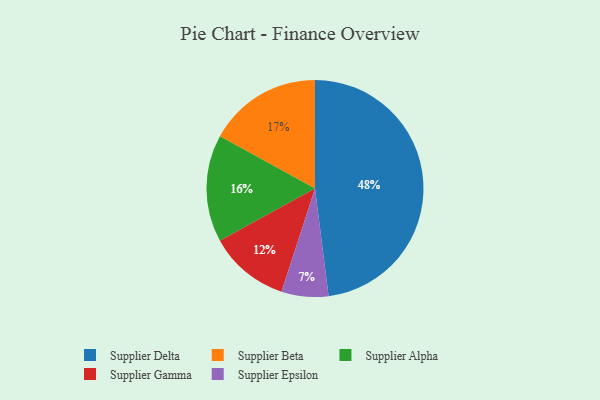
{"axis": {"x": "Category", "y": "Percentage"}, "legend": ["Supplier Alpha", "Supplier Beta", "Supplier Delta", "Supplier Epsilon", "Supplier Gamma"], "data": [{"x": "Supplier Alpha", "y": 16, "type": "Supplier Alpha"}, {"x": "Supplier Gamma", "y": 12, "type": "Supplier Gamma"}, {"x": "Supplier Delta", "y": 48, "type": "Supplier Delta"}, {"x": "Supplier Beta", "y": 17, "type": "Supplier Beta"}, {"x": "Supplier Epsilon", "y": 7, "type": "Supplier Epsilon"}]}